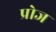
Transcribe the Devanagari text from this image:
प्रोज